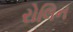
રોલિન